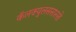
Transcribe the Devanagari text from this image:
कॅलक्युलससारखे